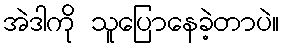
အဲဒါကို သူပြောနေခဲ့တာပဲ။